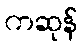
ကဆုန်